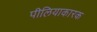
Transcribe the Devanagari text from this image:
पीलियाकारक